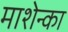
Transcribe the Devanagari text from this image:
माशेन्का